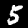
Label: 5